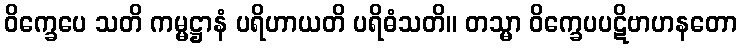
ဝိက္ခေပေ သတိ ကမ္မဋ္ဌာနံ ပရိဟာယတိ ပရိဓံသတိ။ တသ္မာ ဝိက္ခေပပဋိဗာဟနတော